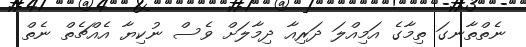
ނެތްތާނގަ ތިމާގެ އަމިއްލަ ދަރިއާ ދިމާލަށް ވެސް ނުކިޔާ އެއްޗެތް ނެތް